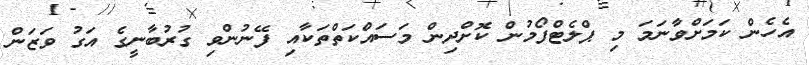
އެހެން ކަމަށްވާނަމަ މި ޕްލެޓްފޯމުން ކޮށްދިން މަސައްކަތްތަކާއި ފޭނުންވި ގުރުބާނީގެ އަގު ވަޒަން